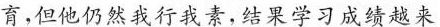
育，但他仍然我行我素，结果学习成绩越来